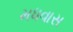
મધવાસ